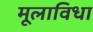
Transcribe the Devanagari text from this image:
मूलाविधा